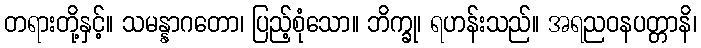
တရားတို့နှင့်။ သမန္နာဂတော၊ ပြည့်စုံသော။ ဘိက္ခု၊ ရဟန်းသည်။ အရညဝနပတ္တာနိ၊